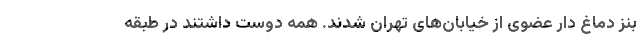
بنز دماغ دار عضوی از خیابان‌های تهران شدند. همه دوست داشتند در طبقه